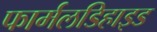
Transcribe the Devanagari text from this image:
फार्मलडिहाइड